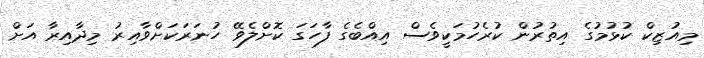
މިއުޒިކް ކުޅުމުގެ އިތުރުން ކުރެހުމަކީވެސް އިއްބެގެ ފާހަގަ ކޮށްލެވޭ ހުނަރަކަށްވާއިރު މިދާއިރާ އަށް